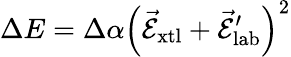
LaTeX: \Delta E=\Delta\alpha\left(\vec{\mathcal{E}}_{\mathrm{xtl}}+\vec{\mathcal{E}}_{\mathrm{lab}}^{\prime}\right)^{2}